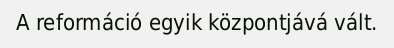
A reformáció egyik központjává vált.